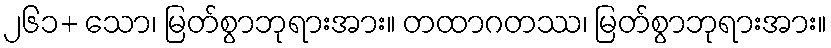
၂၆၁+ သော၊ မြတ်စွာဘုရားအား။ တထာဂတဿ၊ မြတ်စွာဘုရားအား။